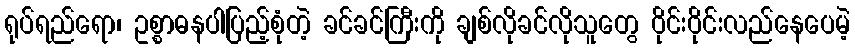
ရုပ်ရည်ရော၊ ဥစ္စာဓနပါပြည့်စုံတဲ့ ခင်ခင်ကြီးကို ချစ်လိုခင်လိုသူတွေ ဝိုင်းဝိုင်းလည်နေပေမဲ့